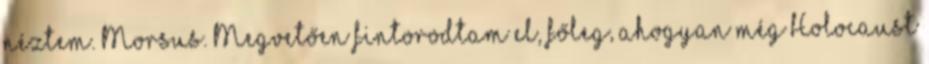
néztem. Morsus. Megvetően fintorodtam el, főleg, ahogyan még Holocaust